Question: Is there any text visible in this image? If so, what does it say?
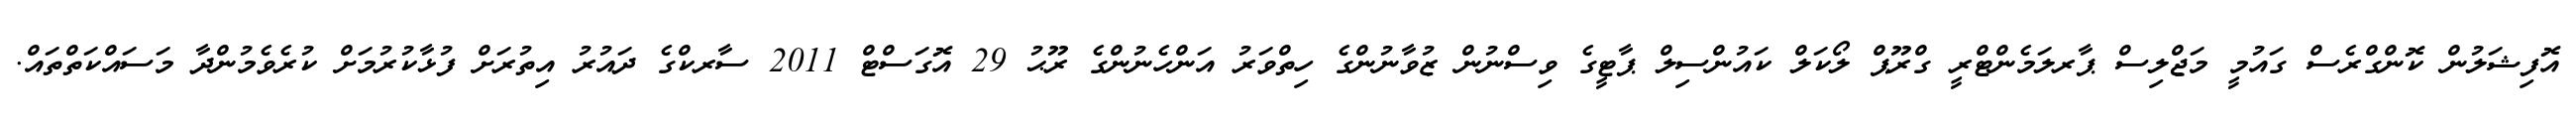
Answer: އޮފިޝަލުން ކޮންގްރެސް ގައުމީ މަޖްލިސް ޕާރލަމެންޓްރީ ގްރޫޕް ލޯކަލް ކައުންސިލް ޕާޓީގެ ވިސްނުން ޒުވާނުންގެ ހިތްވަރު އަންހެނުންގެ ރޫޙު 29 އޮގަސްޓް 2011 ސާރކްގެ ދައުރު އިތުރަށް ފުޅާކުރުމަށް ކުރެވެމުންދާ މަސައްކަތްތައް.